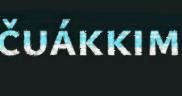
čuákkim